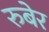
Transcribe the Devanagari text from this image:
रुबेर